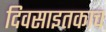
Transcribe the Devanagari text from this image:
दिवसाइतकाच